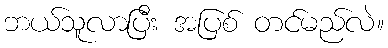
ဘယ်သူလာပြီး အပြစ် တင်မည်လဲ။